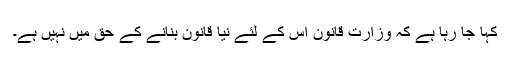
کہا جا رہا ہے کہ وزارت قانون اس کے لئے نیا قانون بنانے کے حق میں نہیں ہے۔